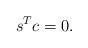
\begin{align*} s^Tc=0. \end{align*}